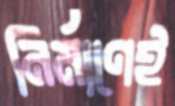
নির্মাণেই